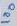
Text: 100